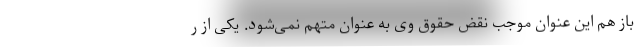
باز هم این عنوان موجب نقض حقوق وی به عنوان متهم نمی‌شود. یکی از ر